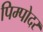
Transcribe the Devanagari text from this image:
पिम्पोदर